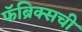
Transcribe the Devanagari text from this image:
फॅब्रिक्सची